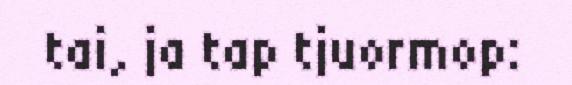
tai, ja tap tjuormop: